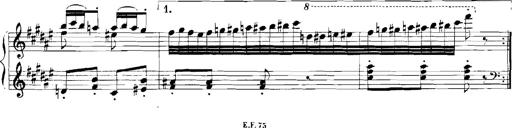
Title: Rhapsodies hongroises
Composer: Franz Liszt